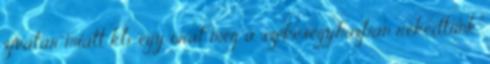
zivatar miatt kb. egy órát még a székesegyházban rekedtünk,